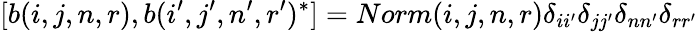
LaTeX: [b(i,j,n,r),b(i^{\prime},j^{\prime},n^{\prime},r^{\prime})^{*}]=Norm(i,j,n,r)\delta_{ii^{\prime}}\delta_{jj^{\prime}}\delta_{nn^{\prime}}\delta_{rr^{\prime}}